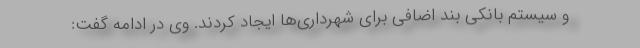
و سیستم بانکی بند اضافی برای شهرداری‌ها ایجاد کردند. وی در ادامه گفت: